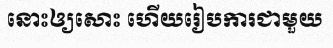
នោះឲ្យសោះ ហើយរៀបការជាមួយ